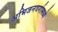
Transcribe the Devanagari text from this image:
अभिजनवर्गामध्ये